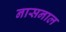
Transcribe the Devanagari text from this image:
नासनाल